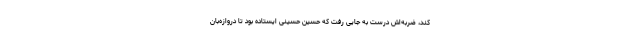
کند، ضربه‌اش درست به جایی رفت که حسین حسینی ایستاده بود تا دروازه‌بان